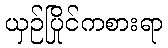
ယှဉ်ပြိုင်ကစားရာ